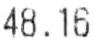
48.16